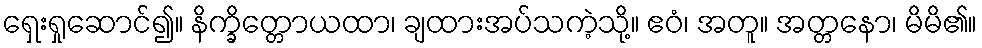
ရှေးရှုဆောင်၍။ နိက္ခိတ္တောယထာ၊ ချထားအပ်သကဲ့သို့။ ဧဝံ၊ အတူ။ အတ္တနော၊ မိမိ၏။